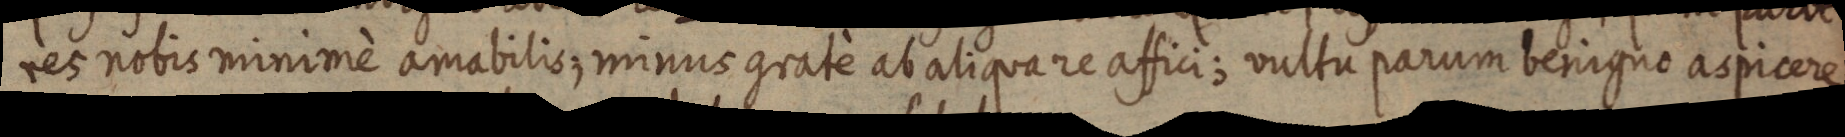
res nobis minimè amabilis; minus grate ab aliqua re affici; vultu parum benigno aspicere